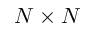
N \times N